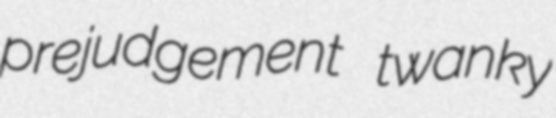
prejudgement twanky